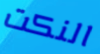
النكت